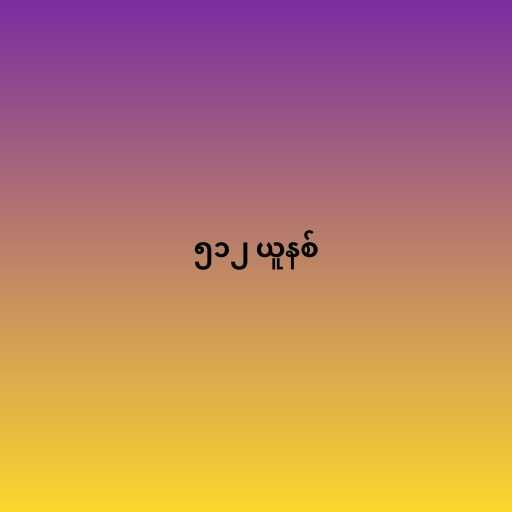
၅၁၂ ယူနစ်